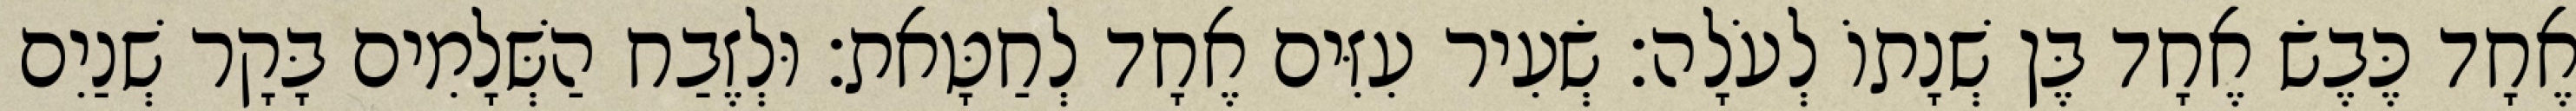
אֶחָד כֶּבֶשׂ אֶחָד בֶּן שְׁנָתוֹ לְעֹלָה׃ שְׂעִיר עִזִּים אֶחָד לְחַטָּאת׃ וּלְזֶבַח הַשְּׁלָמִים בָּקָר שְׁנַיִם